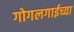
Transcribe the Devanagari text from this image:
गोगलगाईच्या